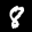
Label: 8